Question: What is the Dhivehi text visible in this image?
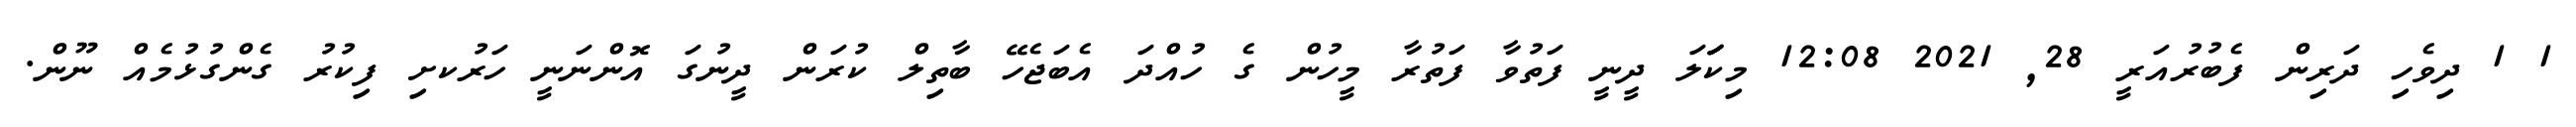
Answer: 1 1 ދިވެހި ދަރިން ފެބުރުއަރީ 28, 2021 12:08 މިކަަަލަ ދީނީ ފަތުވާ ފަތުރާ މީހުން ގެ ހުއްދަ އެބަޖެހޭ ބާތިލް ކުރަން ދީނުގަ އޮންނަނީ ހަރުކށި ފިކުރު ގެންގުޅުމެއް ނޫން.